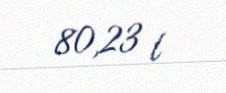
80,23 l